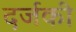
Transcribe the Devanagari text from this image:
दर्जकी